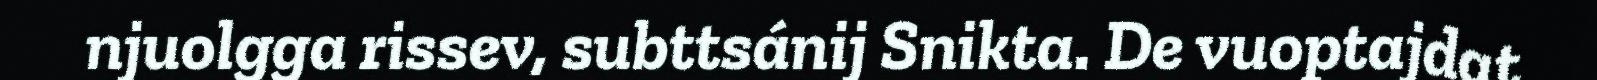
njuolgga rissev, subttsánij Snikta. De vuoptajdat